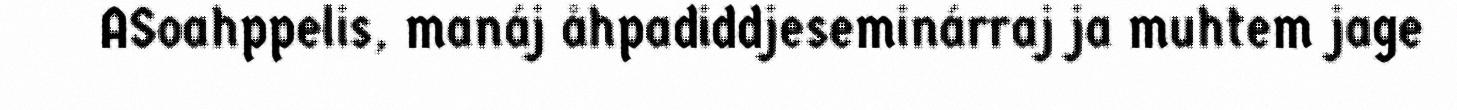
ASoahppelis, manáj åhpadiddjeseminárraj ja muhtem jage